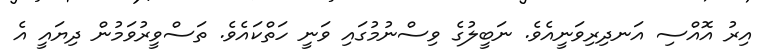
އިރު އޮއްސި އަނދިރިވަނީއެވެ. ނަބީލުގެ ވިސްނުމުގައި ވަނީ ހަތްކައެވެ. ތަސްވީރުވަމުން ދިޔައީ އެ